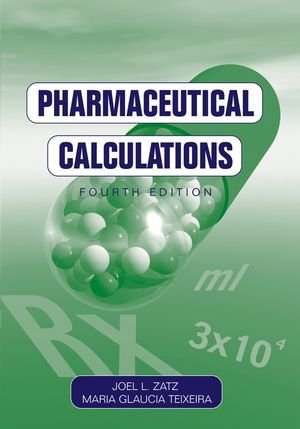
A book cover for Pharmaceutical Calculations; Joel L. Zatz; Science & Math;